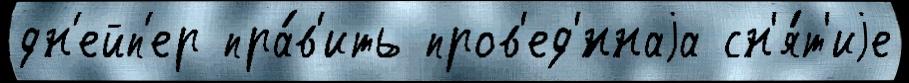
дн'ейп'ер пра́в'ить пров'ед'́ннаjа сн'я́т'иjе